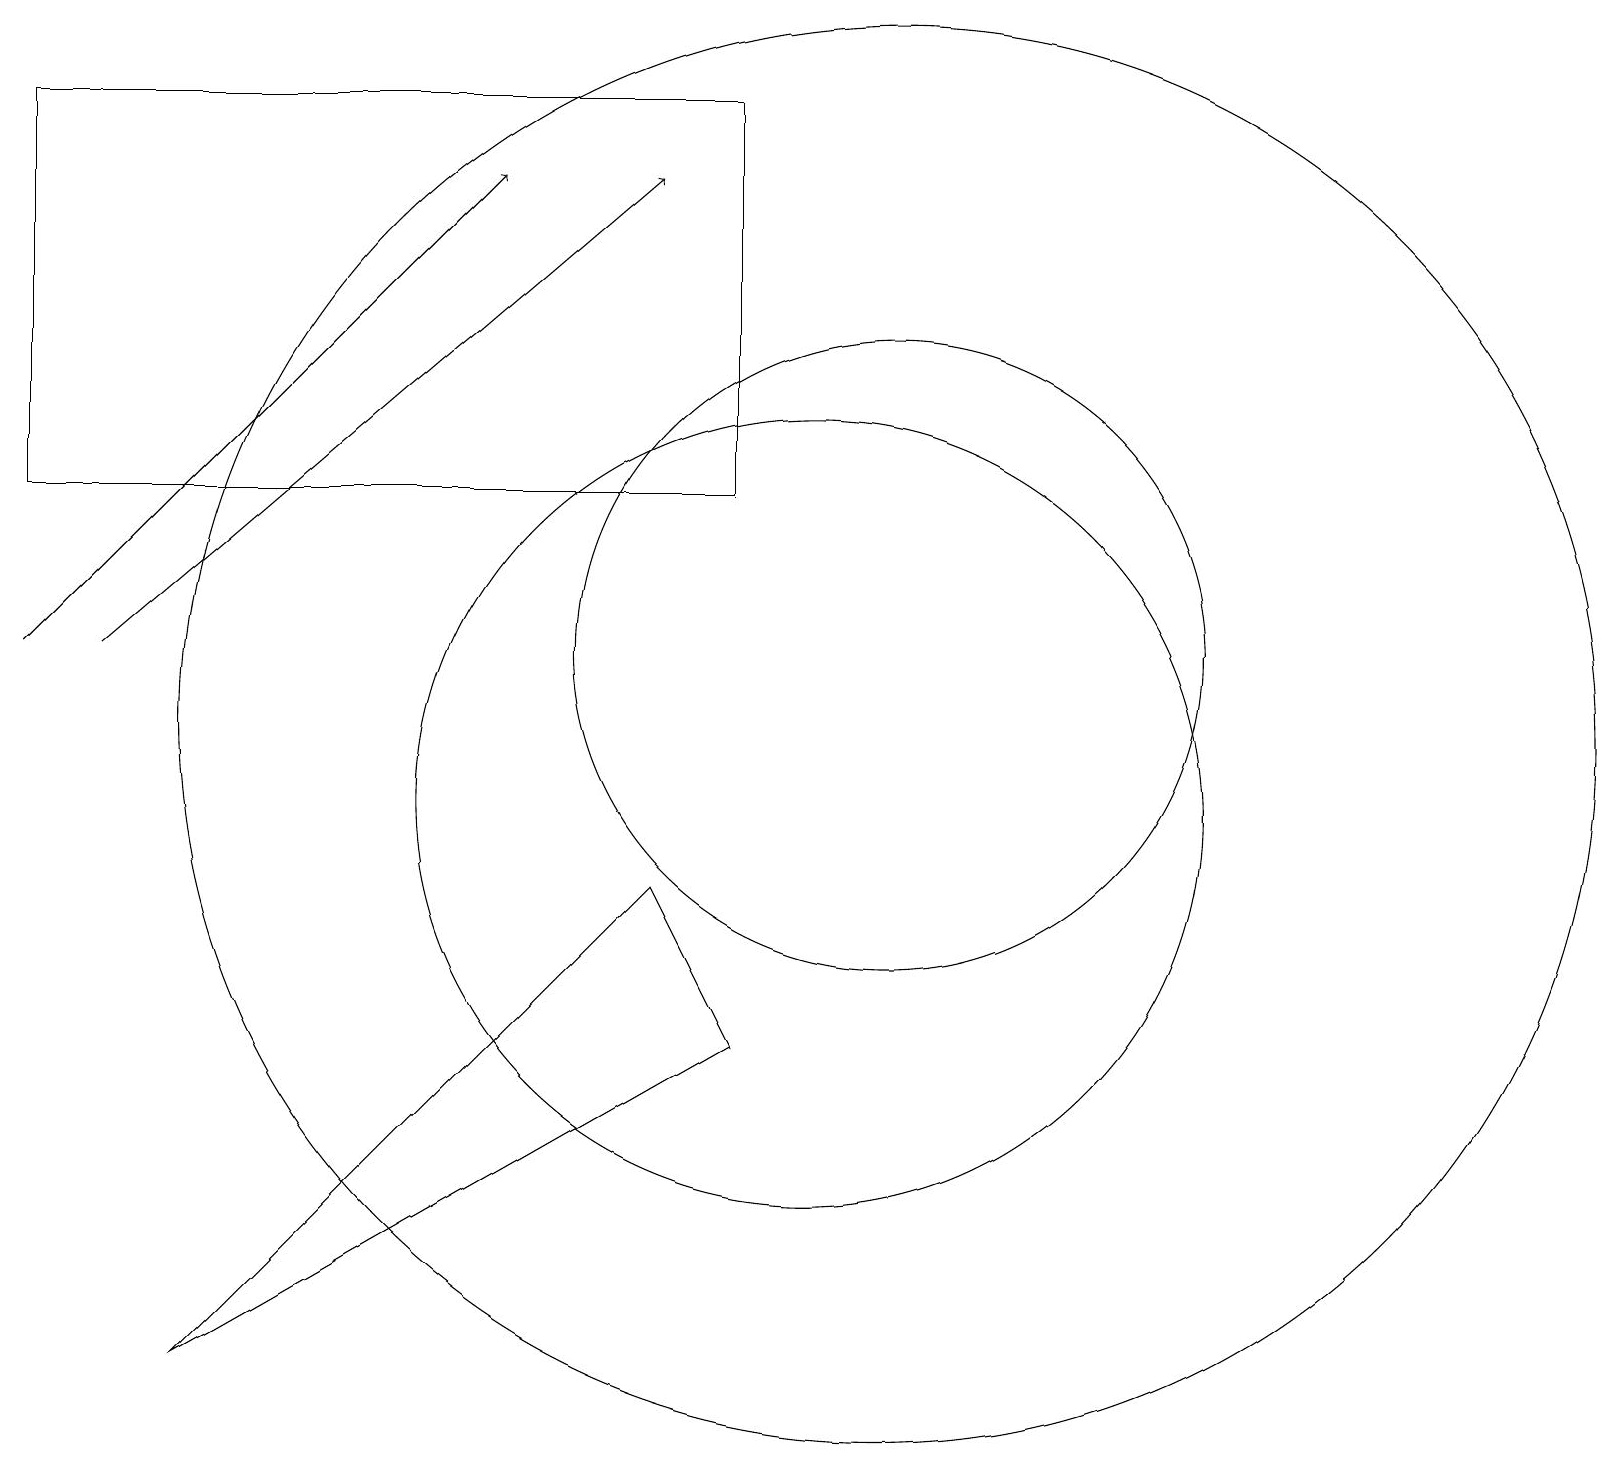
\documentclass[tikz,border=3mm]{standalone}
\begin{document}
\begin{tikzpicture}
\draw (10,10) circle (5);
\draw (11,12) circle (4);
\draw (11,11) circle (9);
\draw (9,7) -- (2,3) -- (8,9) -- cycle;
\draw (12,11) circle (0);
\draw[->] (1,12) -- (8,18);
\draw (0,19) rectangle (9,14);
\draw[->] (0,12) -- (6,18);
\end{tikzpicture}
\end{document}